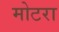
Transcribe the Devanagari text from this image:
मोटरा